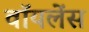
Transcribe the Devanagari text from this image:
वॉयलेंस